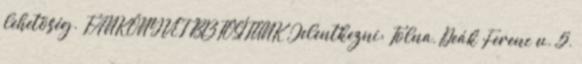
lehetõség. TANKÖNYVET BIZTOSÍTUNK Jelentkezni: Tolna, Deák Ferenc u. 5.